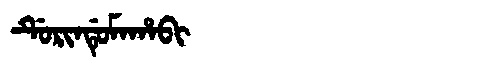
Manchu: ᡩᡠᡵᡳᠨᡩᡠᠮᠠᡥᠠᠪᡳ
Romanization: DURINDUMAHABI